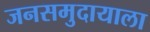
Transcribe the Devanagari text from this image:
जनसमुदायाला